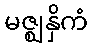
မဇ္ဈနှိကံ